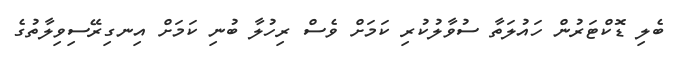
ބެލި ޑޮކްޓަރުން ހައުލަތާ ސުވާލުކުރި ކަމަށް ވެސް ރިހުލާ ބުނި ކަމަށް އިނގިރޭސިވިލާތުގެ